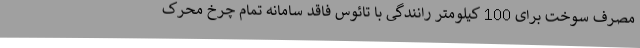
مصرف سوخت برای 100 کیلومتر رانندگی با تائوس فاقد سامانه تمام چرخ محرک